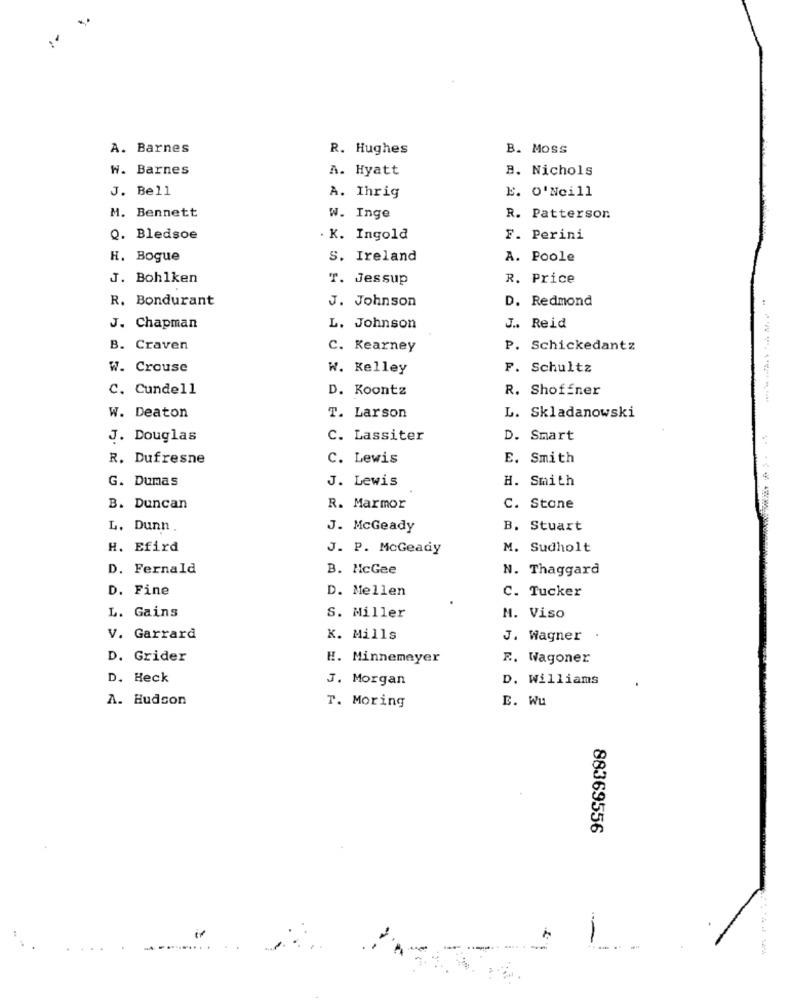
A. Barnes
R. Hughes
B. Moss
W. Barnes
A. Hyatt
B. Nichols
J. Bell
E. O'Neill
A. Ihrig
M. Bennett
W. Inge
R. Patterson
Q. Bledsoe
. K. Ingold
F. Perini
H. Bogue
S. Ireland
A. Poole
J. Bohlken
T. Jessup
R. Price
R. Bondurant
J. Johnson
D. Redmond
J. Chapman
L. Johnson
J .. Reid
B. Craven
C. Kearney
P. Schickedantz
W. Crouse
W. Kelley
F. Schultz
C. Cundell
D. Koontz
R. Shoffner
W. Deaton
T. Larson
L. Skladanowski
J. Douglas
C. Lassiter
D. Smart
R. Dufresne
C. Lewis
E. Smith
G. Dumas
J. Lewis
H. Smith
B. Duncan
R. Marmor
C. Stone
L. Dunn .
J. McGeady
B. Stuart
H. Efird
J. P. McGeady
M. Sudholt
D. Fernald
B. HcGee
N. Thaggard
D. Fine
D. Mellen
C. Tucker
L. Gains
S. Miller
M. Viso
V. Garrard
K. Mills
J. Wagner
D. Grider
H. Minnemayer
R. Wagoner
D. Heck
J. Morgan
D. Williams
A. Hudson
T. Moring
E. Wu
88369556
----